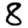
Digit: 8